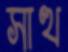
সাত্থ